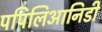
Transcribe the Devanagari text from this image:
पपिलिआनिडी